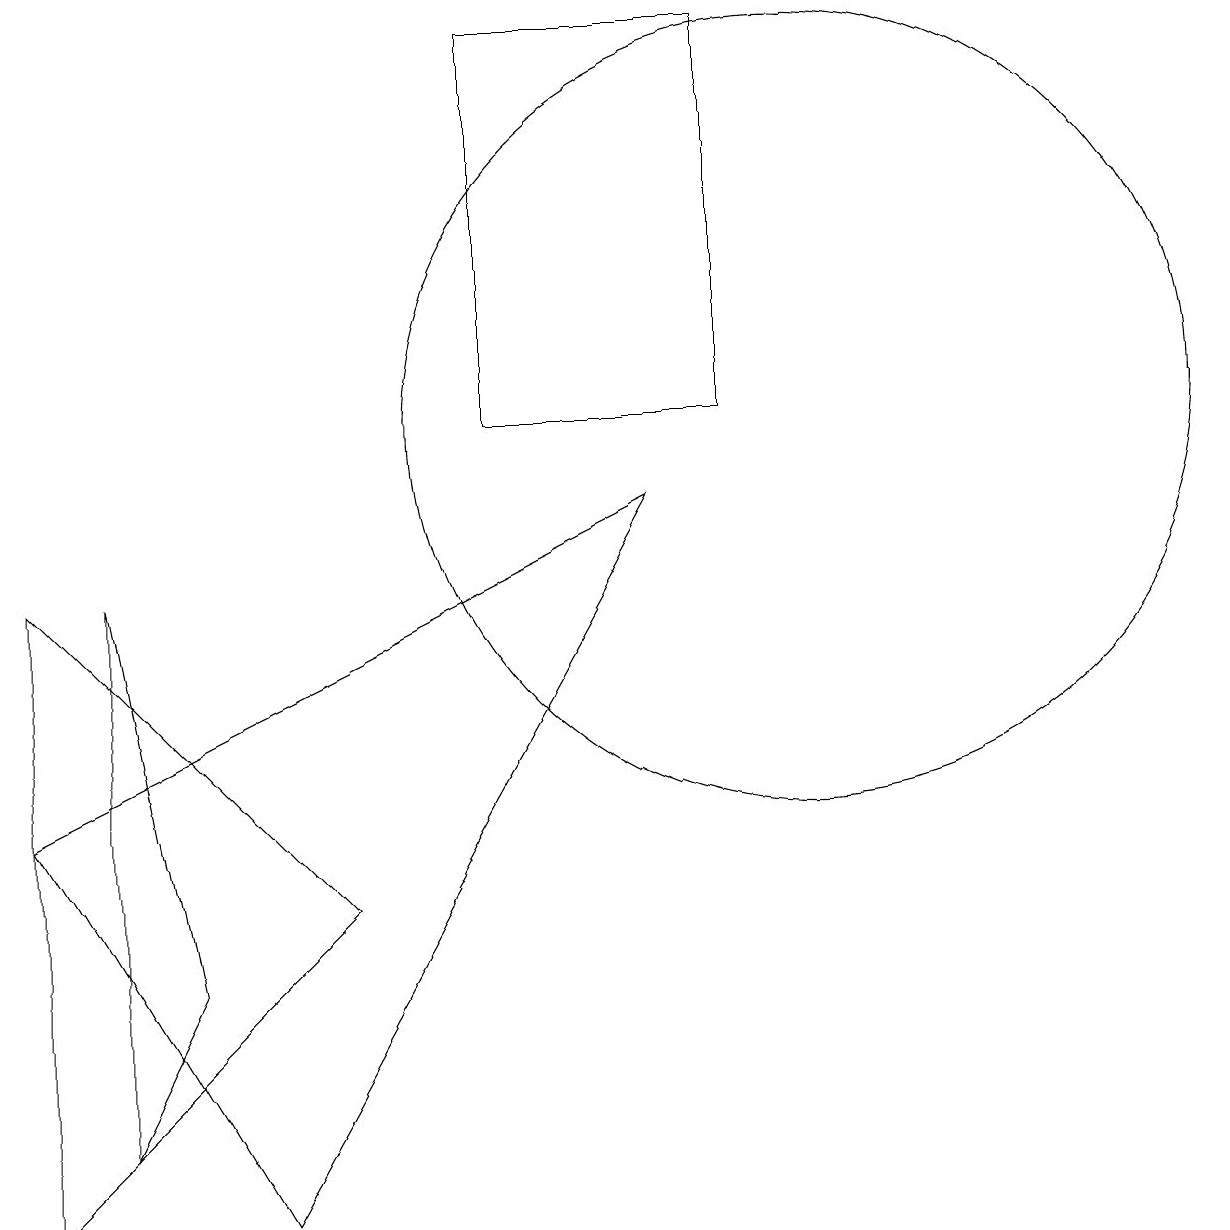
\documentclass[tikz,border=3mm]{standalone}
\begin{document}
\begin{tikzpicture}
\draw (3,0) -- (0,5) -- (8,9) -- cycle;
\draw (0,0) -- (4,4) -- (0,8) -- cycle;
\draw (9,15) rectangle (6,10);
\draw (10,10) circle (5);
\draw (2,3) -- (1,8) -- (1,1) -- cycle;
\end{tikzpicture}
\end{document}